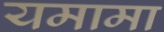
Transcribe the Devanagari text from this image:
यमामा